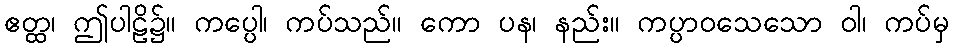
ဧတ္ထ၊ ဤပါဠိ၌။ ကပ္ပေါ၊ ကပ်သည်။ ကော ပန၊ နည်း။ ကပ္ပာဝသေသော ဝါ၊ ကပ်မှ